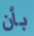
بأن